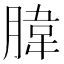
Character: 𦝛